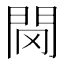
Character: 𨳠